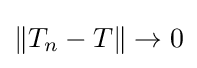
\|T_{n}-T\|\to 0